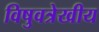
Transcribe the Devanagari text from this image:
विषुवत्रेखीय